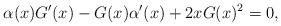
LaTeX: \begin{align*} \alpha(x) G'(x)-G(x)\alpha '(x)+2 x G(x)^2=0,\end{align*}